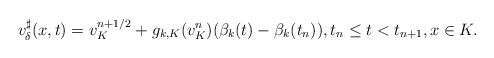
LaTeX: \begin{align*}v^\sharp_\delta(x,t)=v^{n+1/2}_K+g_{k,K}(v^n_K)(\beta_k(t)-\beta_k(t_n)),t_n\leq t< t_{n+1}, x\in K.\end{align*}